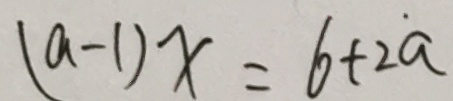
( a - 1 ) x = 6 + 2 \dot { a }